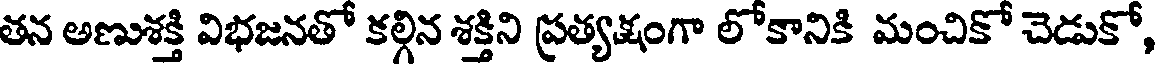
తన అణుశక్తి విభజనతో కల్గిన శక్తిని ప్రత్యక్షంగా లోకానికి మంచికో చెడుకో,